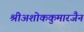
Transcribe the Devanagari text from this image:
श्रीअशोककुमारजैन